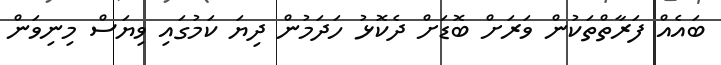
ބައެއް ފަރާތްތަކުން ވަރަށް ބޮޑަށް ދެކޮޅު ހަދަމުން ދިޔަ ކަމުގައި ވިޔަސް މިނިވަން